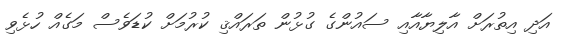
އަދި އިތުރަށް އާލިޔާއާއި ސައުންގެ ގުޅުން ތަރައްޤި ކުރުމަށް ކުޑަވެސް މަގެއް ހުޅެވި